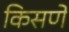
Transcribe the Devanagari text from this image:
किसणे